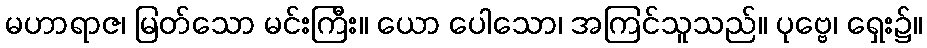
မဟာရာဇ၊ မြတ်သော မင်းကြီး။ ယော ပေါသော၊ အကြင်သူသည်။ ပုဗ္ဗေ၊ ရှေး၌။